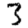
Digit: 3